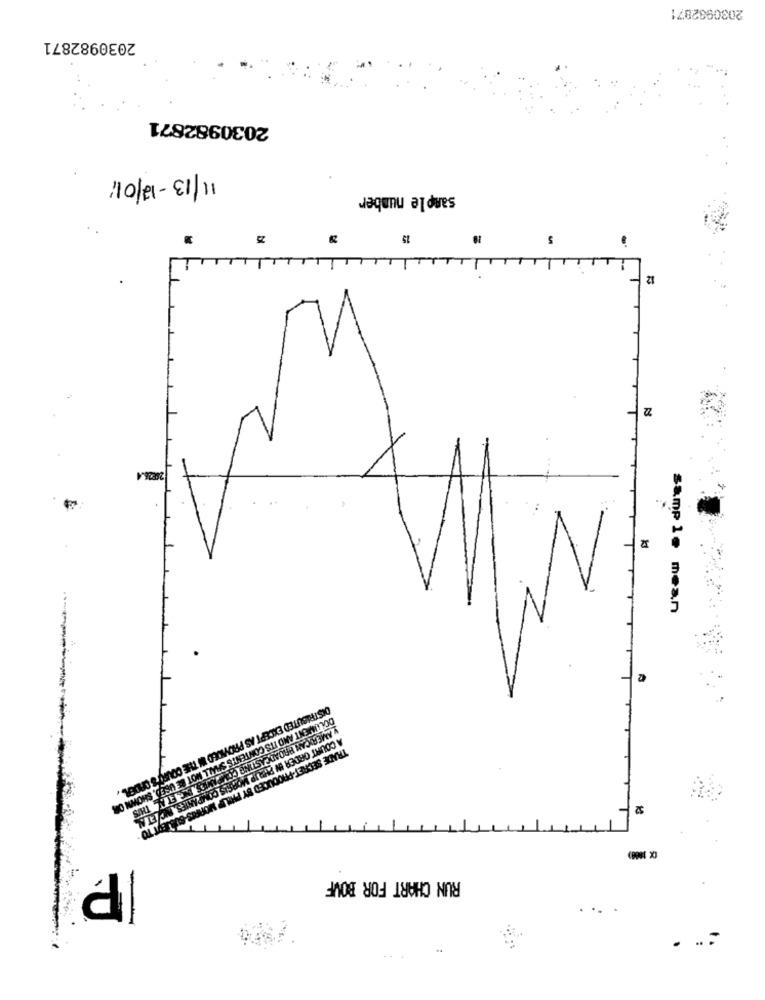
2030982871
2030982871
2030982871
11/13-12/01
sample number
15
5
12
22
28226.4
sample mean
DISTRIBUTED EXCEPT AS PROVIDED IN THE COURTS ORDER
DOLUMMENT AND ITS CONTENTS SHALL NOT BE USED. SHOWN OR
52
y AMERICAN BROADCASTING COMPANIES, INC. ET N. THIS
A COURT ORDER IN PHILIP MORSIS COMPANIES, INC ET AL.
TRADE SECRET-PRODUCED BY PHILIP MORRIS SUALEVT TO
P
RUN CHART FOR BOVF